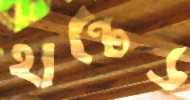
হান্টেড